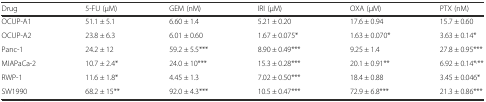
<table><thead><tr><td><b>Drug</b></td><td><b>5-FU (μM)</b></td><td><b>GEM (nM)</b></td><td><b>IRI (μM)</b></td><td><b>OXA (μM)</b></td><td><b>PTX (nM)</b></td></tr></thead><tbody><tr><td>OCUP-A1</td><td>51.1 ± 5.1</td><td>6.60 ± 1.4</td><td>5.21 ± 0.20</td><td>17.6 ± 0.94</td><td>15.7 ± 0.60</td></tr><tr><td>OCUP-A2</td><td>23.8 ± 6.3</td><td>6.01 ± 0.60</td><td>1.67 ± 0.075*</td><td>1.63 ± 0.070*</td><td>3.63 ± 0.14*</td></tr><tr><td>Panc-1</td><td>24.2 ± 12</td><td>59.2 ± 5.5***</td><td>8.90 ± 0.49***</td><td>9.25 ± 1.4</td><td>27.8 ± 0.95***</td></tr><tr><td>MIAPaCa-2</td><td>10.7 ± 2.4*</td><td>24.0 ± 10***</td><td>15.3 ± 0.28***</td><td>20.1 ± 0.91**</td><td>6.92 ± 0.14*<sup>,</sup>**</td></tr><tr><td>RWP-1</td><td>11.6 ± 1.8*</td><td>4.45 ± 1.3</td><td>7.02 ± 0.50***</td><td>18.4 ± 0.88</td><td>3.45 ± 0.046*</td></tr><tr><td>SW1990</td><td>68.2 ± 15**</td><td>92.0 ± 4.3***</td><td>10.5 ± 0.47***</td><td>72.9 ± 6.8***</td><td>21.3 ± 0.86***</td></tr></tbody></table>